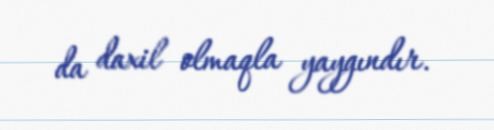
da daxil olmaqla yaygındır.